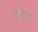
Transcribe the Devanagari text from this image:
टुकराने